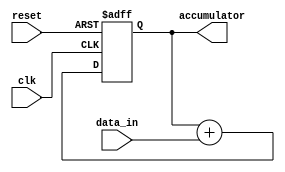
module simple_accumulator (
    input clk,
    input reset,
    input [7:0] data_in,
    output reg [15:0] accumulator
);

always @(posedge clk or posedge reset) begin
    if (reset) begin
        accumulator <= 16'd0;
    end else begin
        accumulator <= accumulator + data_in;
    end
end

endmodule